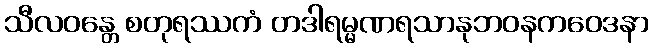
သီလဝန္တေ စတုရဿကံ တဒါရမ္မဏရသာနုဘဝနကဝေဒနာ